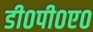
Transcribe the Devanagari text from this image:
डी०पी०ए०